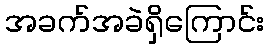
အခက်အခဲရှိကြောင်း